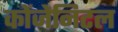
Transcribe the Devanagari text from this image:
कोंजेनिटल